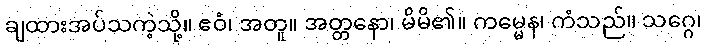
ချထားအပ်သကဲ့သို့။ ဧဝံ၊ အတူ။ အတ္တနော၊ မိမိ၏။ ကမ္မေန၊ ကံသည်။ သဂ္ဂေ၊